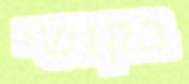
בקושי